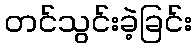
တင်သွင်းခဲ့ခြင်း